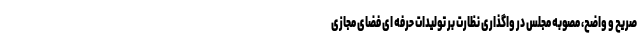
صریح و واضح، مصوبه مجلس در واگذاری نظارت بر تولیدات حرفه ای فضای مجازی